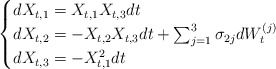
\begin{align*}\begin{cases}d X_{t,1} = X_{t,1} X_{t,3} dt \\ d X_{t,2} = - X_{t,2}X_{t,3}dt + \sum_{j=1}^3 \sigma_{2 j} dW_t^{(j)} \\ d X_{t,3} = -X_{t,1}^2dt \end{cases}\end{align*}